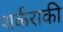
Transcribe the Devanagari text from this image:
शर्कराकी